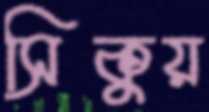
সিকুয়